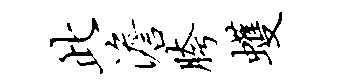
此澹胯蠖